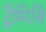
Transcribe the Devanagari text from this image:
द्वैमित्रि